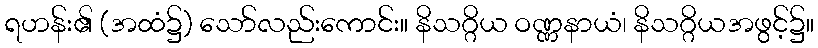
ရဟန်း၏ (အထံ၌) သော်လည်းကောင်း။ နိသဂ္ဂိယ ဝဏ္ဏနာယံ၊ နိသဂ္ဂိယအဖွင့်၌။